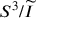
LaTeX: S ^ { 3 } / { \widetilde { I } }